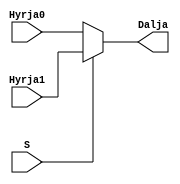
`timescale 1ns / 1ps
//////////////////////////////////////////////////////////////////////////////////
// Company: 
// Engineer: 
// 
// Design Name: 
// Module Name: mux2ne1
// Project Name: 
// Target Devices: 
// Tool Versions: 
// Description: 
// 
// Dependencies: 
// 
// Revision:
// Revision 0.01 - File Created
// Additional Comments:
// 
//////////////////////////////////////////////////////////////////////////////////


module mux2ne1(
    input Hyrja0,
    input Hyrja1,
    input S,
    output Dalja
    );
    
    assign Dalja = S ? Hyrja1 : Hyrja0;

endmodule